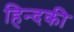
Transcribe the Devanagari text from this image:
हिन्दकी